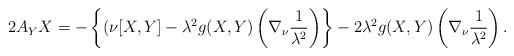
LaTeX: \begin{align*}2 A_Y X = -\left\{(\nu [X, Y] - \lambda^2 g(X, Y) \left(\nabla_\nu \frac{1}{\lambda^2}\right)\right\} -2\lambda^2 g(X, Y) \left(\nabla_\nu \frac{1}{\lambda^2}\right).\end{align*}